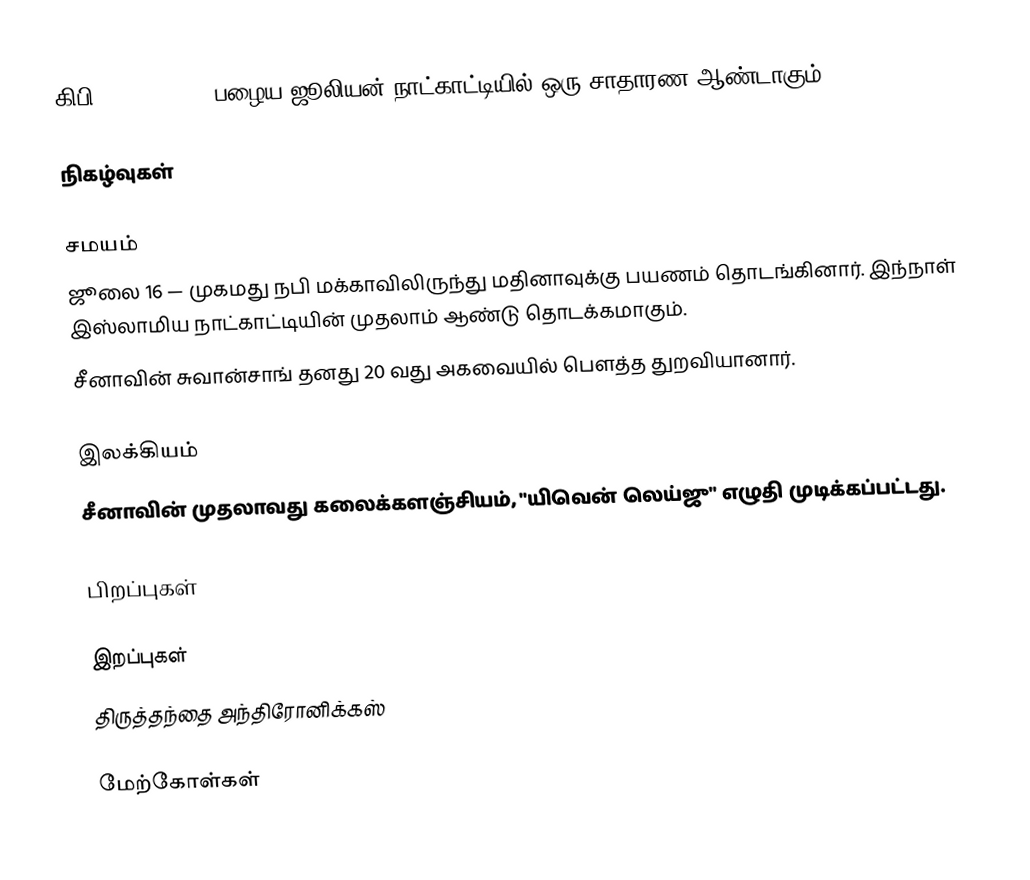
கிபி 622 (DCXXII) பழைய ஜூலியன் நாட்காட்டியில் ஒரு சாதாரண ஆண்டாகும்.

நிகழ்வுகள்

சமயம்
 ஜூலை 16 — முகமது நபி மக்காவிலிருந்து மதினாவுக்கு பயணம் தொடங்கினார். இந்நாள் இஸ்லாமிய நாட்காட்டியின் முதலாம் ஆண்டு தொடக்கமாகும்.
 சீனாவின் சுவான்சாங் தனது 20 வது அகவையில் பௌத்த துறவியானார்.

இலக்கியம்
 சீனாவின் முதலாவது கலைக்களஞ்சியம், "யிவென் லெய்ஜு" எழுதி முடிக்கப்பட்டது.

பிறப்புகள்

இறப்புகள்
 திருத்தந்தை அந்திரோனிக்கஸ்

மேற்கோள்கள்